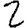
Digit: 2